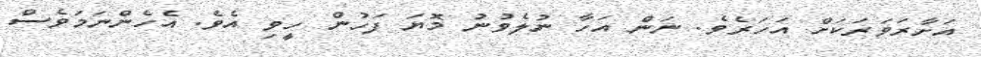
އަށާރަވަރަކަށް އަހަރެވެ. ނަން އަހާ ނުލެވުނު މޮޔަ ފަހުން ހީވި އެވެ. އެހެންނަމަވެސް